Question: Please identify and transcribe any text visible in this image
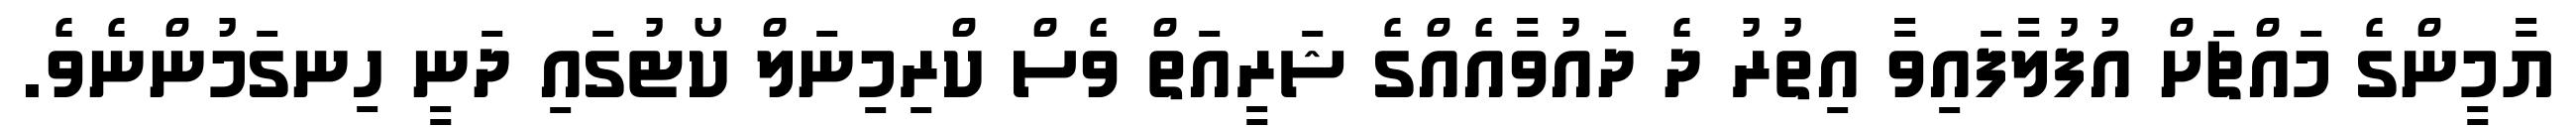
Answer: ޔާމީންގެ މައްޗަށް އުފުލާފައިވާ އިތުރު ދެ ދައުވާއެއްގެ ޝަރީއަތް ވެސް ކްރިމިނަލް ކޯޓުގައި ދަނީ ހިނގަމުންނެވެ.